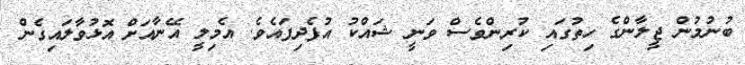
ބުނުމުން ޖީލާންގެ ހިތުގައި ކުރިންވެސް ވަނީ ޝައްކު އުފެދިފައެވެ. އެމިލީ އޭނާއަށް އޮޅުވާލައިގެން